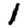
Digit: 1